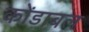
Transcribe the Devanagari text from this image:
कोंडाबल